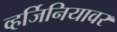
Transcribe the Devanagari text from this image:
व्हर्जिनियावर